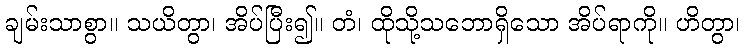
ချမ်းသာစွာ။ သယိတွာ၊ အိပ်ပြီး၍။ တံ၊ ထိုသို့သဘောရှိသော အိပ်ရာကို။ ဟိတွာ၊